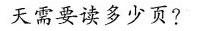
天需要读多少页?